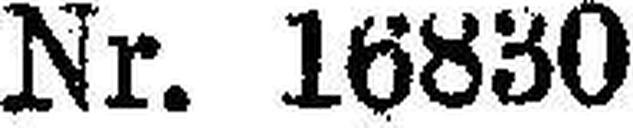
Nr. 16830